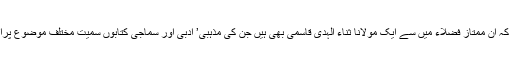
مولانا عرفی قاسمی نے کہا کہ ان ممتاز فضلاء میں سے ایک مولانا ثناء الہدی قاسمی بھی ہیں جن کی مذہبی’ ادبی اور سماجی کتابوں سمیت مختلف موضوع پراب تک 26کتابیں آچکی ہیں۔